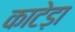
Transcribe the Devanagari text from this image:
काटेड़ा